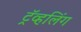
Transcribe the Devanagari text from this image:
ट्रॅव्हलिंग